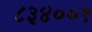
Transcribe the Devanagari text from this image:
८३४००१